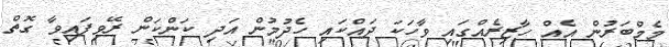
މެމްބަރުން އެއް ހާޒިރެއްގައި ވާހަކަ ދައްކައި ހެދުމުން އަދި ކަންކަން ރޭވިފައިވާ ގޮތް